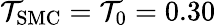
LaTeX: \mathcal{T}_{\mathrm{{SMC}}}=\mathcal{T}_{0}=0.30